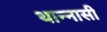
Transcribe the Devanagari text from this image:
थान्नासी